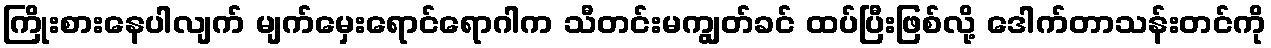
ကြိုးစားနေပါလျက် မျက်မှေးရောင်ရောဂါက သီတင်းမကျွတ်ခင် ထပ်ပြီးဖြစ်လို့ ဒေါက်တာသန်းတင်ကို